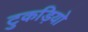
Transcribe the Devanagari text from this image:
टुकड़ियो